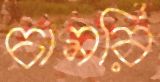
চামরি